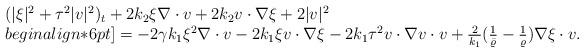
LaTeX: \begin{align*}\begin{array}{ll}(|\xi|^2+\tau^2|v|^2)_t + 2k_2 \xi\nabla\cdot v + 2k_2 v\cdot\nabla\xi + 2 |v|^2 \\begin{align*}6pt]= -2\gamma k_1 \xi^2\nabla\cdot v - 2k_1 \xi v\cdot\nabla \xi - 2 k_1 \tau^2 v\cdot\nabla v\cdot v+ \frac{2}{k_1} (\frac{1}{\bar{\varrho}}- \frac{1}{\varrho})\nabla\xi\cdot v.\end{array}\end{align*}